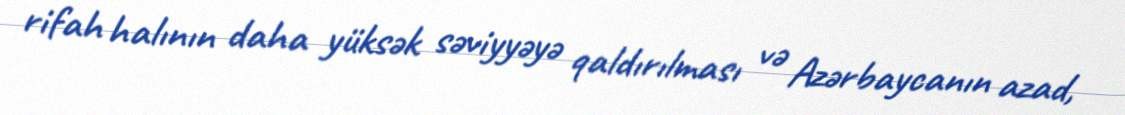
rifah halının daha yüksək səviyyəyə qaldırılması və Azərbaycanın azad,